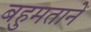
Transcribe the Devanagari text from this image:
बहुमतानें